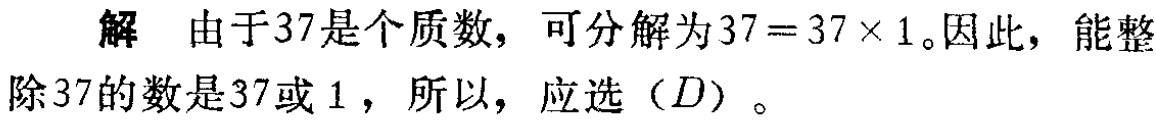
解 由于37是个质数，可分解为\(37 = 37\times1\)。因此，能整除37的数是37或1，所以，应选（\(D\)）。